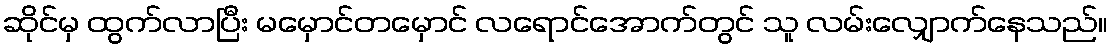
ဆိုင်မှ ထွက်လာပြီး မမှောင်တမှောင် လရောင်အောက်တွင် သူ လမ်းလျှောက်နေသည်။